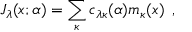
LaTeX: J _ { \lambda } ( x ; \alpha ) = \sum _ { \kappa } c _ { \lambda \kappa } ( \alpha ) m _ { \kappa } ( x ) \, \, \, ,